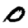
Digit: 0